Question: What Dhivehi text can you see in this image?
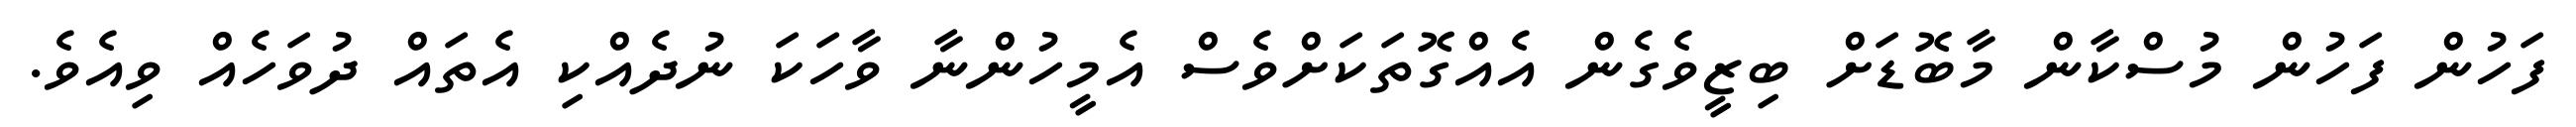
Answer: ފަހުން ފަހުން މުސްކާން މާބޮޑަށް ބިޒީވެގެން އެއްގޮތަކަށްވެސް އެމީހުންނާ ވާހަކަ ނުދެއްކި އެތައް ދުވަހެއް ވިއެވެ.